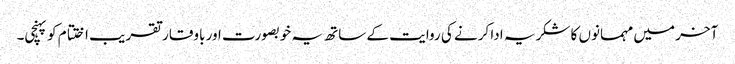
آخر میں مہمانوں کا شکریہ ادا کرنے کی روایت کے ساتھ یہ خوبصورت اور باوقار تقر یب اختتام کو پہنچی۔